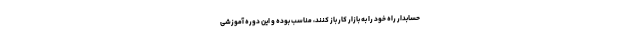
حسابدار راه خود را به بازار کار باز کنند، مناسب بوده و این دوره آموزشی